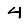
Digit: 4